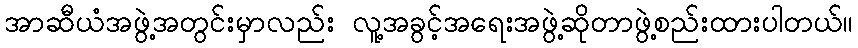
အာဆီယံအဖွဲ့အတွင်းမှာလည်း လူ့အခွင့်အရေးအဖွဲ့ဆိုတာဖွဲ့စည်းထားပါတယ်။